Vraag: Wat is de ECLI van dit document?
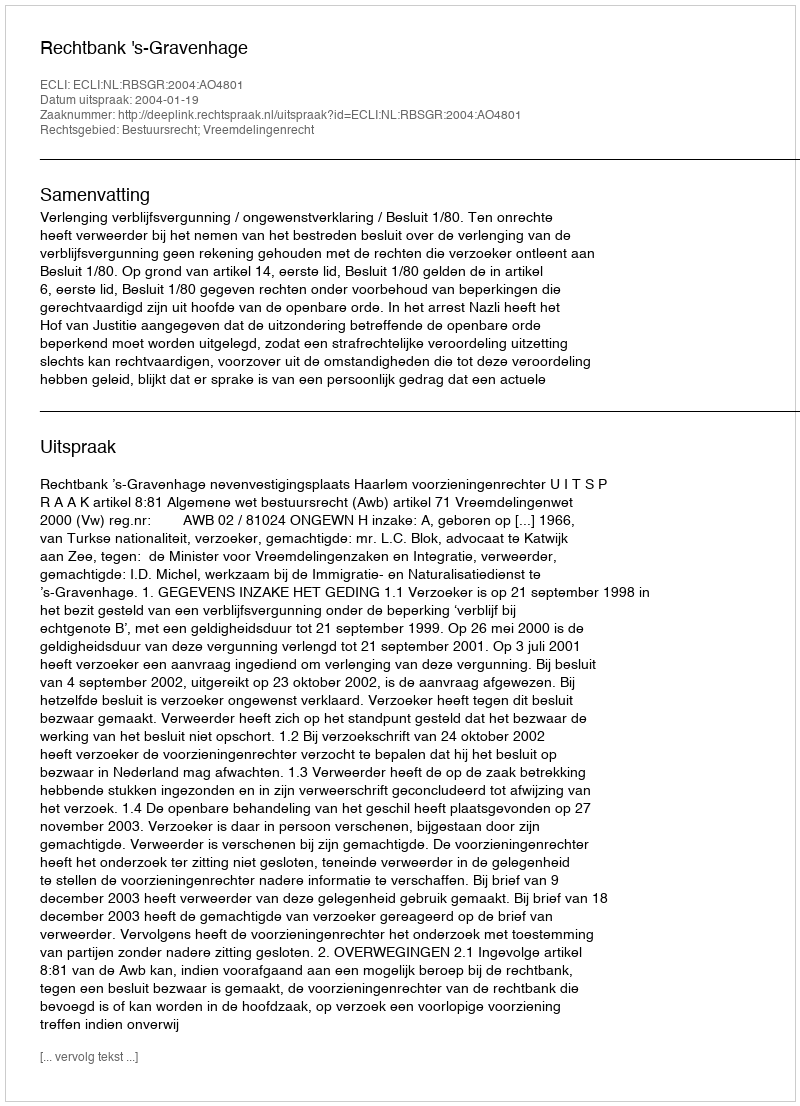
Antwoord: ECLI:NL:RBSGR:2004:AO4801